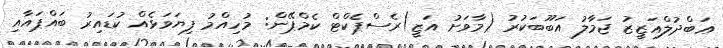
ޢަބްދުލްޢަޒީޒު ޖަމާލު އަބޫބަކުރު (މާވަށު އަޒީ)ރެސްޕެކްޓް ކެމްޕޭން: މުހިއްމު ފިޔަވަޅެއް ކުޑައިރު ބައްޕައާއި